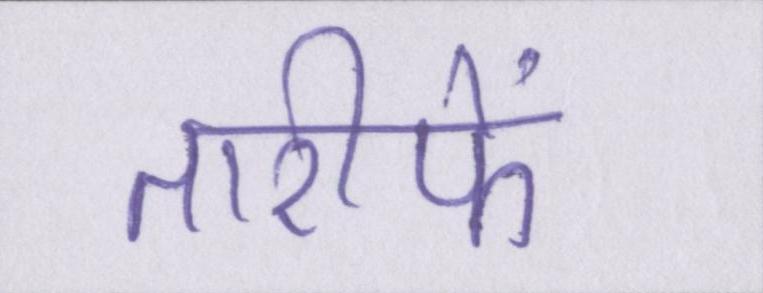
तारीफें